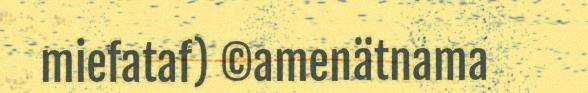
miefataf) ©amenätnama